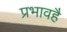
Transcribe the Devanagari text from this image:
प्रभावहै